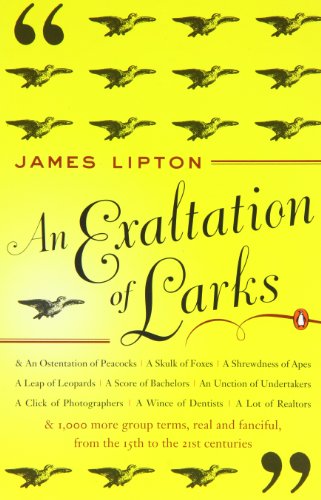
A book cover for An Exaltation of Larks: The Ultimate Edition; James Lipton; Humor & Entertainment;